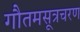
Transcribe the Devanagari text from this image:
गौतमसूत्रचरण